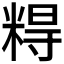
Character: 𰫀